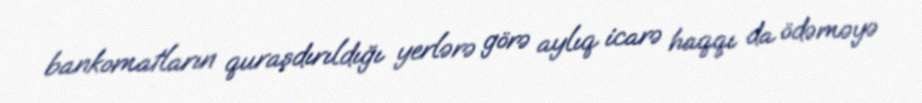
bankomatların quraşdırıldığı yerlərə görə aylıq icarə haqqı da ödəməyə